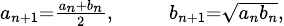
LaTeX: \scriptstyle a_{n+1}={\frac{a_{n}+b_{n}}{2}},\quad\quad b_{n+1}={\sqrt{a_{n}b_{n}}},